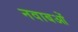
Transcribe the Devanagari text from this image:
नवाबओं